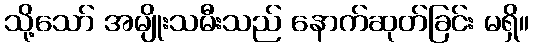
သို့သော် အမျိုးသမီးသည် နောက်ဆုတ်ခြင်း မရှိ။